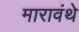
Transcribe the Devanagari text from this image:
मारावंथे